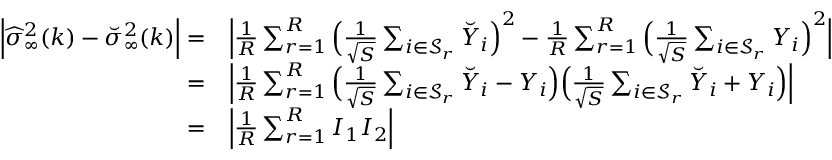
\begin{array} { r l } { \Big | \widehat { \sigma } _ { \infty } ^ { 2 } ( k ) - \breve { \sigma } _ { \infty } ^ { 2 } ( k ) \Big | = } & { \Big | \frac { 1 } { R } \sum _ { r = 1 } ^ { R } \Big ( \frac { 1 } { \sqrt { S } } \sum _ { i \in { \mathcal { S } _ { r } } } \breve { Y } _ { i } \Big ) ^ { 2 } - \frac { 1 } { R } \sum _ { r = 1 } ^ { R } \Big ( \frac { 1 } { \sqrt { S } } \sum _ { i \in { \mathcal { S } _ { r } } } Y _ { i } \Big ) ^ { 2 } \Big | } \\ { = } & { \Big | \frac { 1 } { R } \sum _ { r = 1 } ^ { R } \Big ( \frac { 1 } { \sqrt { S } } \sum _ { i \in { \mathcal { S } _ { r } } } \breve { Y } _ { i } - Y _ { i } \Big ) \Big ( \frac { 1 } { \sqrt { S } } \sum _ { i \in { \mathcal { S } _ { r } } } \breve { Y } _ { i } + Y _ { i } \Big ) \Big | } \\ { = } & { \Big | \frac { 1 } { R } \sum _ { r = 1 } ^ { R } I _ { 1 } I _ { 2 } \Big | } \end{array}